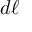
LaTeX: d { \boldsymbol { \ell } }